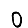
Digit: 0